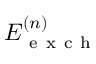
E _ { \mathrm { ~ e ~ x ~ c ~ h ~ } } ^ { ( n ) }